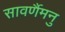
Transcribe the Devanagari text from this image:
सावर्णैमनु